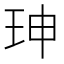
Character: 珅